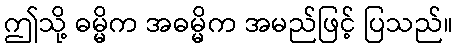
ဤသို့ ဓမ္မိက အဓမ္မိက အမည်ဖြင့် ပြသည်။